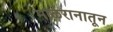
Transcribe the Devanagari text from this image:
माळरानातून